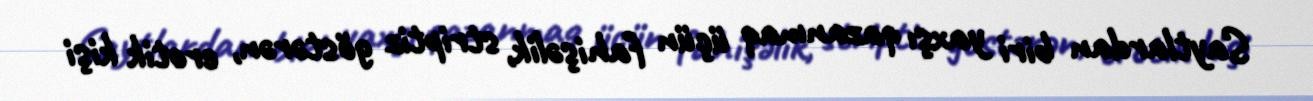
Saytlardan biri yaxşı qazanmaq üçün fahişəlik, striptiz göstərən, erotik kişi